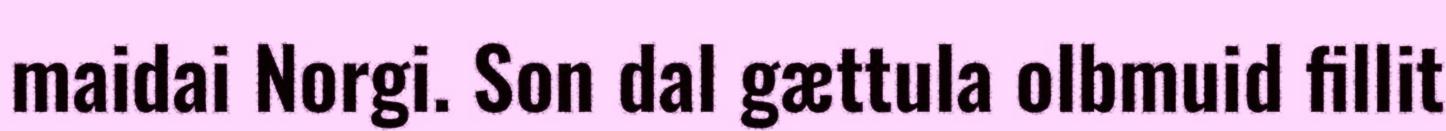
maidai Norgi. Son dal gættula olbmuid fillit